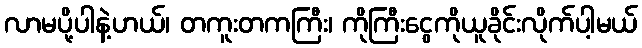
လာမပို့ပါနဲ့ဟယ်၊ တကူးတကကြီး၊ ကိုကြီးငွေကိုယူခိုင်းလိုက်ပါ့မယ်